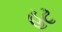
હટ